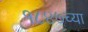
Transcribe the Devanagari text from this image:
१८४७च्या